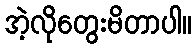
အဲ့လိုတွေးမိတာပါ။